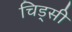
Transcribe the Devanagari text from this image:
चिड्सी